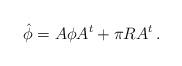
LaTeX: \begin{align*}\hat \phi = A\phi A^{t} + \pi RA^{t} \, .\end{align*}